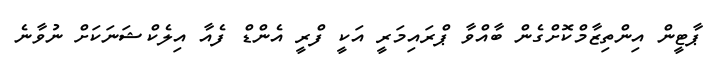
ޕާޓީން އިންތިޒާމްކޮށްގެން ބާއްވާ ޕްރައިމަރީ އަކީ ފްރީ އެންޑް ފެއާ އިލެކްޝަނަކަށް ނުވާނެ